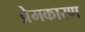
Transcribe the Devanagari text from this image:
प्रेमकारण